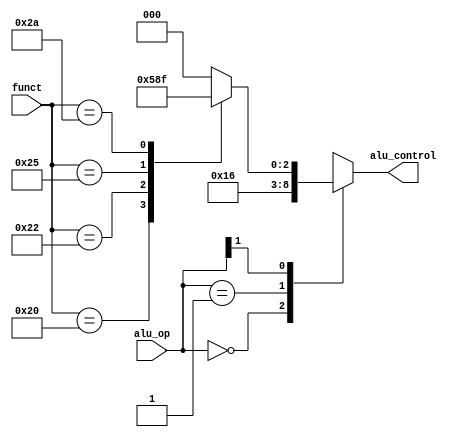
`timescale 1ns / 1ps
//////////////////////////////////////////////////////////////////////////////////
// Company: 
// Engineer: 
// 
// Design Name: 
// Module Name: alu_decoder
// Project Name: 
// Target Devices: 
// Tool Versions: 
// Description: 
// 
// Dependencies: 
// 
// Revision:
// Revision 0.01 - File Created
// Additional Comments:
// 
//////////////////////////////////////////////////////////////////////////////////


module alu_decoder(
	input [5:0] funct,
	input [1:0] alu_op,
	output reg [2:0] alu_control
    );

// 	Opcode	AluOp	Funct	Alu function	Alu control
// 	Lw		00		XXXXXX	Add				010
// 	Sw		00		XXXXXX	Add				010
// 	addi	00		XXXXXX	Add				010
// 	Beq		01		XXXXXX	Subtact			110
// 	R-type	10		100000	Add				010
// 					100010	Subtract		110
// 					100100	And				000
// 					100101	Or				001
// 					101010	SLT				111	
	
	always @* begin
		casex(alu_op)
			2'b00: alu_control = 3'b010;
			2'b01: alu_control = 3'b110;
			2'b1x: begin
				case(funct)
					6'b100000: alu_control = 3'b010;
					6'b100010: alu_control = 3'b110;
					6'b100100: alu_control = 3'b000;
					6'b100101: alu_control = 3'b001;
					6'b101010: alu_control = 3'b111;
					default:   alu_control = 3'b000;
				endcase
			end
		endcase
	end
endmodule